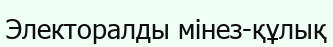
Электоралды мінез-құлық